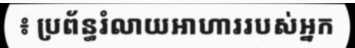
៖ ប្រព័ន្ធរំលាយអាហាររបស់អ្នក